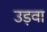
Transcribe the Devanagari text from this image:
उड़वा